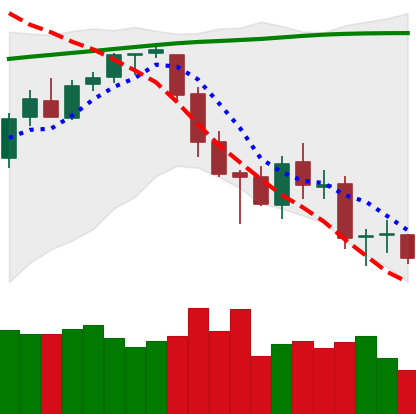
Ticker: BTC-USD
Chart end date: 2018-03-17
Forward return: 10.251%
Label: up_7plus